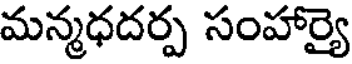
మన్మధదర్ప సంహార్యై